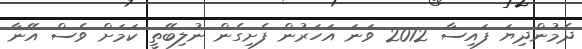
ދެމުންދިޔަ ފައިސާ 2012 ވަނަ އަހަރުން ފެށިގެން ނުލިބޭތީ ކަމަށް ވެސް އޭނާ